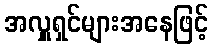
အလှူရှင်များအနေဖြင့်